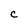
Character: C